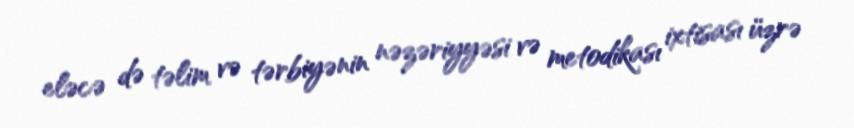
eləcə də təlim və tərbiyənin nəzəriyyəsi və metodikası ixtisası üzrə